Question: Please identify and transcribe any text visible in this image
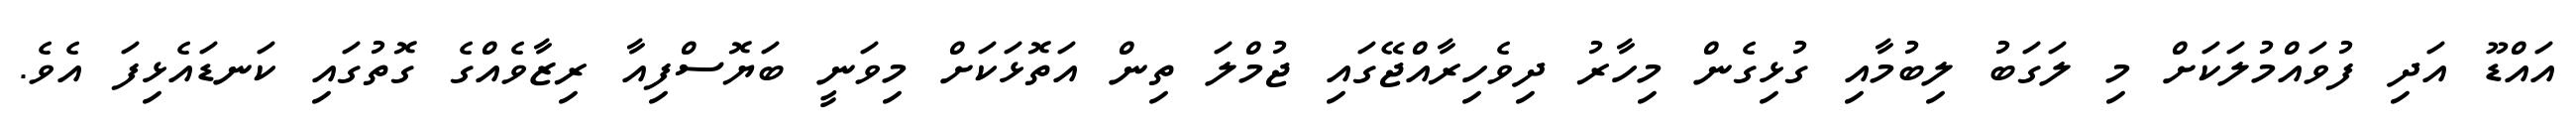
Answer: އައްޑޫ އަދި ފުވައްމުލަކަށް މި ލަގަބު ލިބުމާއި ގުޅިގެން މިހާރު ދިވެހިރާއްޖޭގައި ޖުމްލަ ތިން އަތޮޅަކަށް މިވަނީ ބަޔޮސްފިއާ ރިޒާވެއްގެ ގޮތުގައި ކަނޑައެޅިފަ އެވެ.